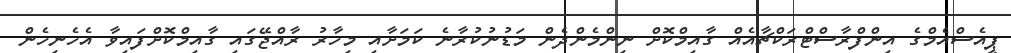
ޕީއެސްއެމްގެ އިންފްރާސްޓްރަކްޗާއެއް ގާއިމްކޮށް ނިންމެންދެން މަޑުނުކުރާނެ ކަމަށާއި މިހާރު ރާއްޖޭގައި ގާއިމްކޮށްފައިވާ އެހެނިހެން